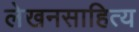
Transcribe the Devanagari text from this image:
लेखनसाहित्य